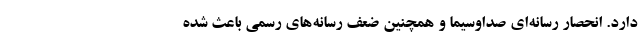
دارد. انحصار رسانه‌ای صداوسیما و همچنین ضعف رسانه‌های رسمی باعث شده